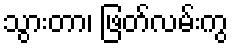
သွားတာ၊ ဖြတ်လမ်းကွ